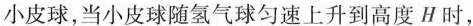
小皮球，当小皮球随氢气球匀速上升到高度H时，